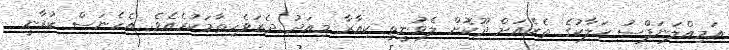
އަމިއްލަނަފްސު ހަލާކުގެ ތެރެއަށް ދޫކޮށް ލެވުނީތީ ކިއާރާ މިއަދު ދެރަވެހިތާމަކުރެއެވެ. އެހެނަސް ކުރާނީ